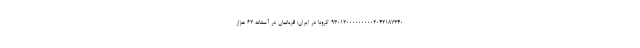
930120000000002042187340 کرونا در ایران: قربانیان در آستانه ۶۲ هزار